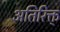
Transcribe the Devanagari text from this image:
अतिरिक्त्